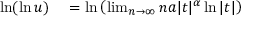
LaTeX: \begin{array} { r l } { \ln ( \ln u ) } & { { } = \ln \left( \operatorname* { l i m } _ { n \to \infty } n a | t | ^ { \alpha } \ln | t | \right) } \end{array}